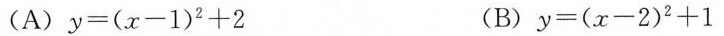
(A) $$y = ( x - 1 ) ^ { 2 } +2 (B) $$y = ( x - 2 ) ^ { 2 } +1$$